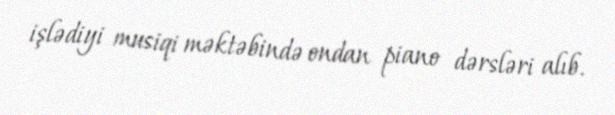
işlədiyi musiqi məktəbində ondan piano dərsləri alıb.